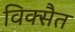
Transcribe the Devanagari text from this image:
विक्सैत